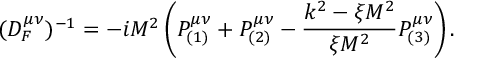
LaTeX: ( D _ { F } ^ { \mu \nu } ) ^ { - 1 } = - i M ^ { 2 } \left( P _ { ( 1 ) } ^ { \mu \nu } + P _ { ( 2 ) } ^ { \mu \nu } - \frac { k ^ { 2 } - \xi M ^ { 2 } } { \xi M ^ { 2 } } P _ { ( 3 ) } ^ { \mu \nu } \right) .